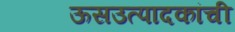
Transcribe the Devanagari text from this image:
ऊसउत्पादकांची